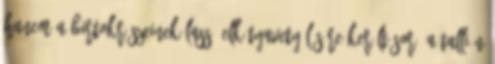
hanem a birtokrészeinek lassú elkótyavetyélésére került sor. A Tallián